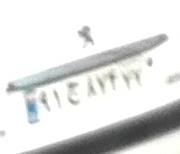
۹۱ج۸۷۴۷۷